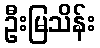
ဦးမြသိန်း